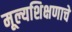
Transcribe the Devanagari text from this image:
मूल्यशिक्षणाचे